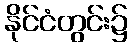
နိုင်ငံတွင်း၌